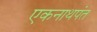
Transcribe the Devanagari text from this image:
एकनाथपंत